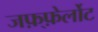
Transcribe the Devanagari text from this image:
जफ़्फ़ेर्लोट